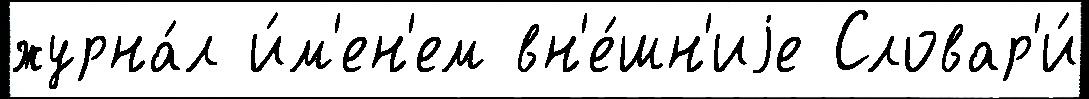
журна́л и́м'ен'ем вн'е́шн'иjе Словар'и́